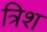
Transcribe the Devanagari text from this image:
त्रिश